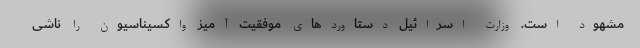
مشهود است. وزارت اسرائیل دستاوردهای موفقیت آمیز واکسیناسیون را ناشی